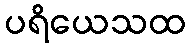
ပရိယေသထ